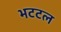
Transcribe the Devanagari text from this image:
भटटल